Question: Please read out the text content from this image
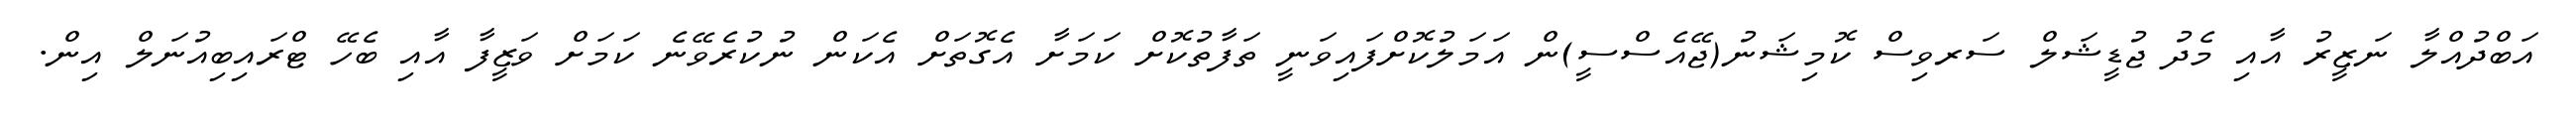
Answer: އަބްދުއްލާ ނަޒީރު އާއި މެދު ޖުޑީޝަލް ސަރވިސް ކޮމިޝަނު(ޖޭއެސްސީ)ން އަމަލުކޮށްފައިވަނީ ތަފާތުކޮށް ކަމަށާ އެގޮތަށް އެކަން ނުކުރެވޭނެ ކަމަށް ވަޒީފާ އާއި ބެހޭ ޓްރައިބިއުނަލް އިން.